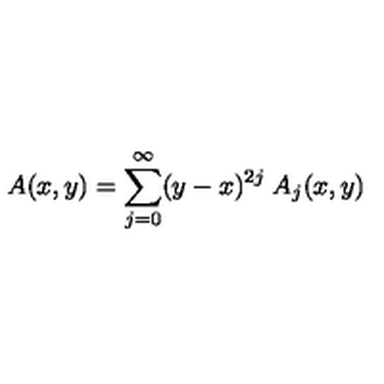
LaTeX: A ( x , y ) = \sum _ { j = 0 } ^ { \infty } ( y - x ) ^ { 2 j } \: A _ { j } ( x , y )